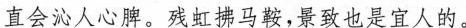
直会沁人心脾。残虹拂马鞍，景致也是宜人的。